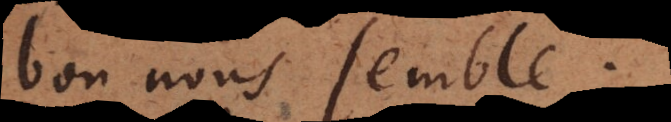
bon nous semble.